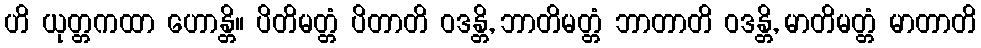
ဟိ ယုတ္တကထာ ဟောန္တိ။ ပိတိမတ္တံ ပိတာတိ ဝဒန္တိ, ဘာတိမတ္တံ ဘာတာတိ ဝဒန္တိ, မာတိမတ္တံ မာတာတိ